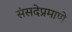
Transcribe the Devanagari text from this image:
संसदेप्रमाणे